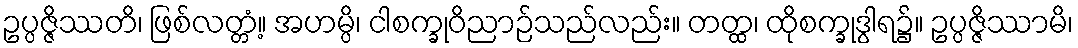
ဥပ္ပဇ္ဇိဿတိ၊ ဖြစ်လတ္တံ့။ အဟမ္ပိ၊ ငါစက္ခုဝိညာဉ်သည်လည်း။ တတ္ထ၊ ထိုစက္ခုဒွါရ၌။ ဥပ္ပဇ္ဇိဿာမိ၊